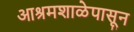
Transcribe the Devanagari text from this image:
आश्रमशाळेपासून